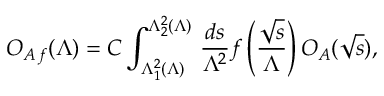
{ \cal O } _ { A \, f } ( \Lambda ) = C \int _ { \Lambda _ { 1 } ^ { 2 } ( \Lambda ) } ^ { \Lambda _ { 2 } ^ { 2 } ( \Lambda ) } \, \frac { d s } { \Lambda ^ { 2 } } f \left( \frac { \sqrt { s } } { \Lambda } \right) { \cal O } _ { A } ( \sqrt { s } ) ,